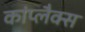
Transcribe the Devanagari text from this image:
कांप्लैक्स